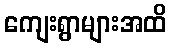
ကျေးရွာများအထိ